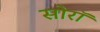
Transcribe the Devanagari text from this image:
सोरॉ